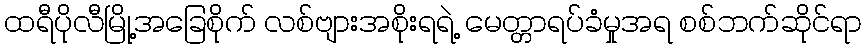
ထရီပိုလီမြို့အခြေစိုက် လစ်ဗျားအစိုးရရဲ့ မေတ္တာရပ်ခံမှုအရ စစ်ဘက်ဆိုင်ရာ